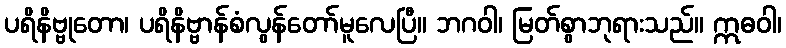
ပရိနိဗ္ဗုတော၊ ပရိနိဗ္ဗာန်စံလွန်တော်မူလေပြီ။ ဘဂဝါ၊ မြတ်စွာဘုရားသည်။ ဣဓဝါ၊